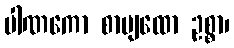
ပါဏကော စာပျထော ဥစ္စာ၊